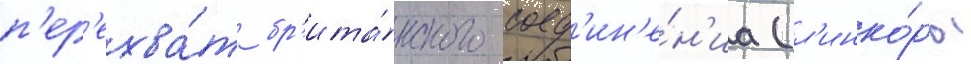
п'ер'ехва́т бр'ита́нского соед'ин'е́н'иа (л'инко́ры